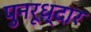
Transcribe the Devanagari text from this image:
पुनरूध्दार